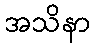
အသိနာ